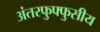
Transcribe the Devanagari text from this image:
अंतरफुफ्फुसीय